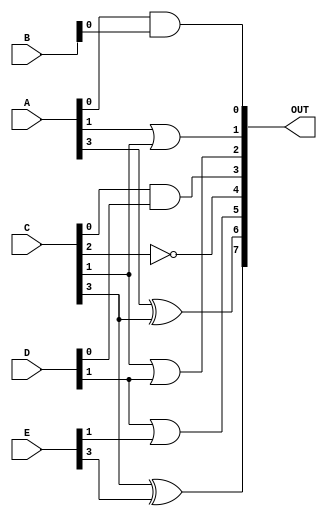
module combinational_logic (
    input wire [3:0] A,  // Input A (4 bits)
    input wire [3:0] B,  // Input B (4 bits)
    input wire [3:0] C,  // Input C (4 bits)
    input wire [3:0] D,  // Input D (4 bits)
    input wire [3:0] E,  // Input E (4 bits)
    output wire [7:0] OUT // Output (8 bits)
);

    // Logic functions for overlapping groups
    wire [3:0] group1_out; // Output for group 1
    wire [3:0] group2_out; // Output for group 2
    wire [3:0] group3_out; // Output for group 3

    // Group 1: {A, B, C}
    assign group1_out[0] = A[0] & B[0];               // AND operation
    assign group1_out[1] = A[1] | C[1];               // OR operation
    assign group1_out[2] = ~B[2];                      // NOT operation
    assign group1_out[3] = A[3] ^ C[3];               // XOR operation

    // Group 2: {B, C, D}
    assign group2_out[0] = B[0] & C[0];               // AND operation
    assign group2_out[1] = C[1] | D[1];               // OR operation
    assign group2_out[2] = ~C[2];                      // NOT operation
    assign group2_out[3] = B[3] ^ D[3];               // XOR operation

    // Group 3: {C, D, E}
    assign group3_out[0] = C[0] & D[0];               // AND operation
    assign group3_out[1] = D[1] | E[1];               // OR operation
    assign group3_out[2] = ~D[2];                      // NOT operation
    assign group3_out[3] = C[3] ^ E[3];               // XOR operation

    // Output generation based on the results of the groups
    assign OUT[0] = group1_out[0]; // Use output of group 1
    assign OUT[1] = group1_out[1]; // Use output of group 1
    assign OUT[2] = group2_out[1]; // Use output of group 2
    assign OUT[3] = group3_out[0]; // Use output of group 3
    assign OUT[4] = group2_out[2]; // Use output of group 2
    assign OUT[5] = group3_out[1]; // Use output of group 3
    assign OUT[6] = group1_out[3]; // Use output of group 1
    assign OUT[7] = group3_out[3]; // Use output of group 3

endmodule